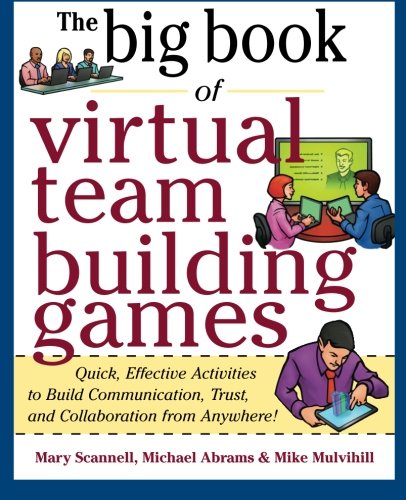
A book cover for Big Book of Virtual Teambuilding Games: Quick, Effective Activities to Build Communication, Trust and Collaboration from Anywhere! (Big Book Series); Mary Scannell; Business & Money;